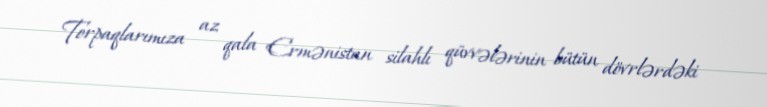
Torpaqlarımıza az qala Ermənistan silahlı qüvvələrinin bütün dövrlərdəki